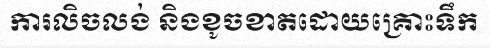
ការលិចលង់ និងខូចខាតដោយគ្រោះទឹក